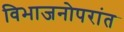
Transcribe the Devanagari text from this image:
विभाजनोपरांत